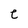
Character: e